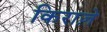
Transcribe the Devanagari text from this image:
किराज़े